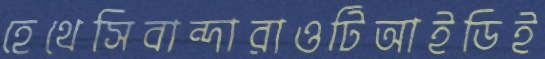
হেথেসিবান্দারাওটিআইডিই